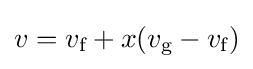
{\textstyle v=v_{\text{f}}+x(v_{\text{g}}-v_{\text{f}})}